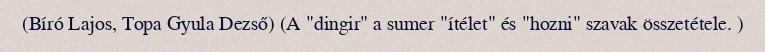
(Bíró Lajos, Topa Gyula Dezső) (A "dingir" a sumer "ítélet" és "hozni" szavak összetétele. )